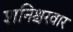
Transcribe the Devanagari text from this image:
शनिश्चरवार